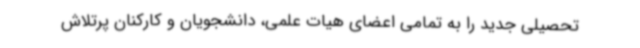
تحصیلی جدید را به تمامی اعضای هیات علمی، دانشجویان و کارکنان پرتلاش